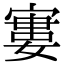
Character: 寠